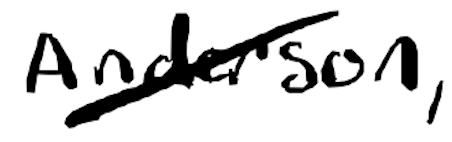
Text: Anderson,
Cross-out: diagonal
Writing tool: digital_black